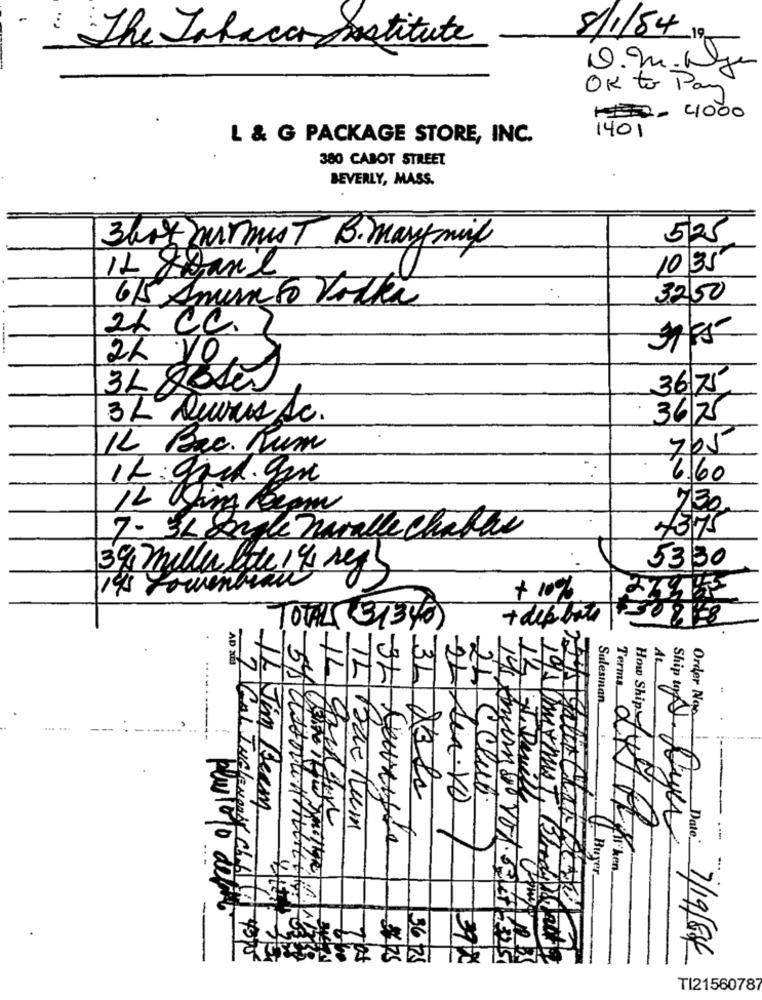
-
8/1/84
The Jakacar nstitute
OK to Pay
1.4000
1401
L & G PACKAGE STORE, INC.
380 CABOT STREET
BEVERLY, MASS.
525
Shot mirmust B. marymil
10 35
karl
6/5 Anun to Vodka
3250
2L CC.
2L VO
3675
318
3L Deuris Ac.
36/75
IL. Brc. Rum
705
..
6.60
IL:gad. gm
730
7 - SL Dade nuralle Charlie
7375
5330
39 mille lite 1 4 seg
14 Lowenbrau
+ 10%
+ deporte
TOTALS 31346)
1
AL
1L
Terms
32
24
Salesman
Order No.
-
24
CClub
J. Duvill
IL Jim Beam
-IL Sen.VD
How Ship
Ship to A. Ayer
Buyer
pluslogo defit
ADI Cal INGlampasy Ch.6 11 499
19 Gmx must, Bodyhuis
$175
3625
39 2
Date: 7/19/84
TI21560787